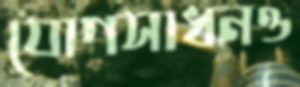
যোগসাধনও